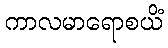
ကာလမာရောစယိံ